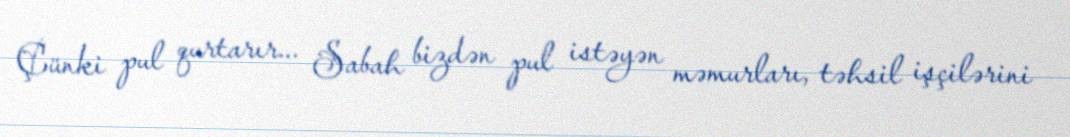
Çünki pul qurtarır... Sabah bizdən pul istəyən məmurları, təhsil işçilərini